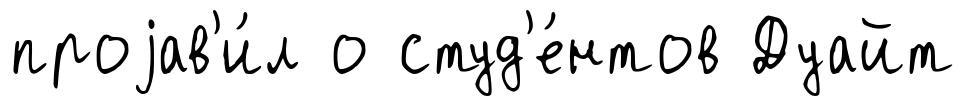
проjав'и́л о студ'е́нтов Дуайт